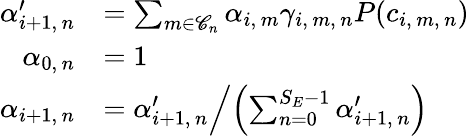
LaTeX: \begin{array}{rl}{\alpha_{i+1,\, n}^{\prime}}&{=\sum_{m\in\mathscr{C}_{n}}\alpha_{i,\, m}\gamma_{i,\, m,\, n}P(c_{i,\, m,\, n})}\\ {\alpha_{0,\, n}}&{=1}\\ {\alpha_{i+1,\, n}}&{=\left.\alpha_{i+1,\, n}^{\prime}\middle/\left(\sum_{n=0}^{S_{E}-1}\alpha_{i+1,\, n}^{\prime}\right)\right.}\end{array}